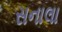
સનાલા